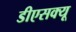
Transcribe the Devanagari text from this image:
डीएसक्यू